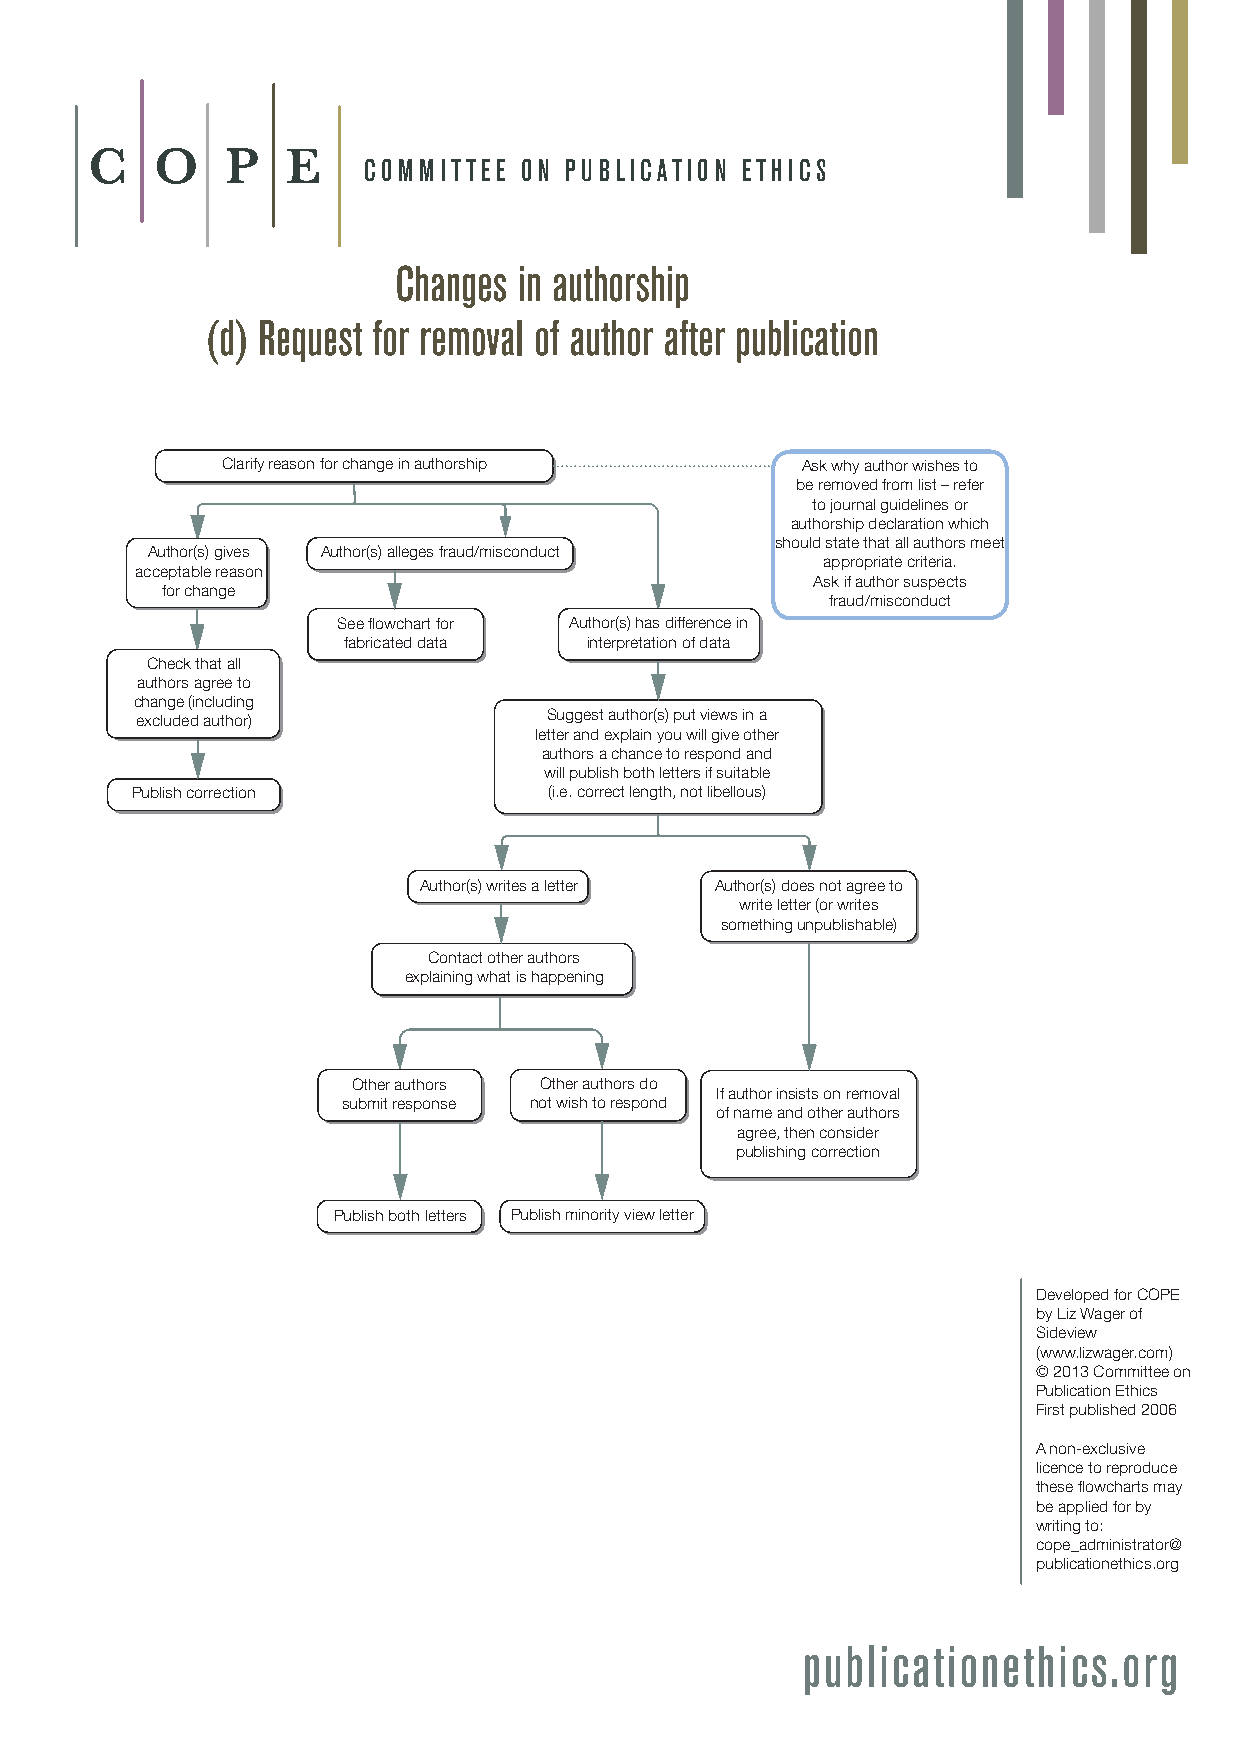
C   O    PE
 COMMI TTEE ON PUBLIC ATION ETHICS
 Changes in authorship
 (d) Request for removal of author after publication
 Clarify reason for change in authorship Ask why author wishes to
 be removed from list – refer
 to journal guidelines or
 authorship declaration which
 should state that all au thors meet
 Author(s) gives Author(s) alleges fraud/misconduct
 appropriate criteria.
 acceptable reason
 Ask if author suspects
 for change
 fraud/misconduct
 See flowchart for Author(s) has difference in
 fabricated data interpretation of data
 Check that all
 authors agree to
 change (including
 excluded author)           Suggest author(s) put views in a
 letter and explain you will give other
 authors a chance to respond and
 will publish both letters if suitable
 Publish correction         (i.e. correct length, not libellous)
 Author(s) writes a letter Author(s) does not agree to
 write letter (or writes
 something unpublishable)
 Contact other authors
 explaining what is happening
 Other authors Other authors do
 If author insists on removal
 submit response not wish to respond
 of name and other authors
 agree, then consider
 publishing correction
 Publish both letters Publish minority view letter
 Developed for COPE
 by Liz Wager of
 Sideview
 (www.lizwager.com)
 © 2013 Committee on
 Publication Ethics
 First published 2006
 A non-exclusive
 licence to reproduce
 these flowcharts may
 be applied for by
 writing to:
 cope_administrator@
 publicationethics.org
 publicationethics.org